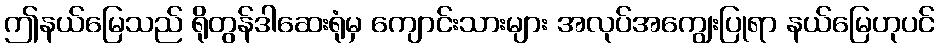
ဤနယ်မြေသည် ရိုတွန်ဒါဆေးရုံမှ ကျောင်းသားများ အလုပ်အကျွေးပြုရာ နယ်မြေဟုပင်